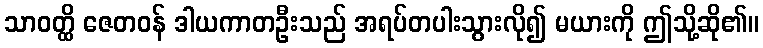
သာဝတ္ထိ ဇေတဝန် ဒါယကာတဦးသည် အရပ်တပါးသွားလို၍ မယားကို ဤသို့ဆို၏။